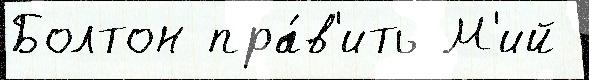
Болтон пра́в'ить М'ий